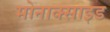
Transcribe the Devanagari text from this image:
मोनाक्साइड